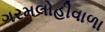
ગરમલોહીવાળા